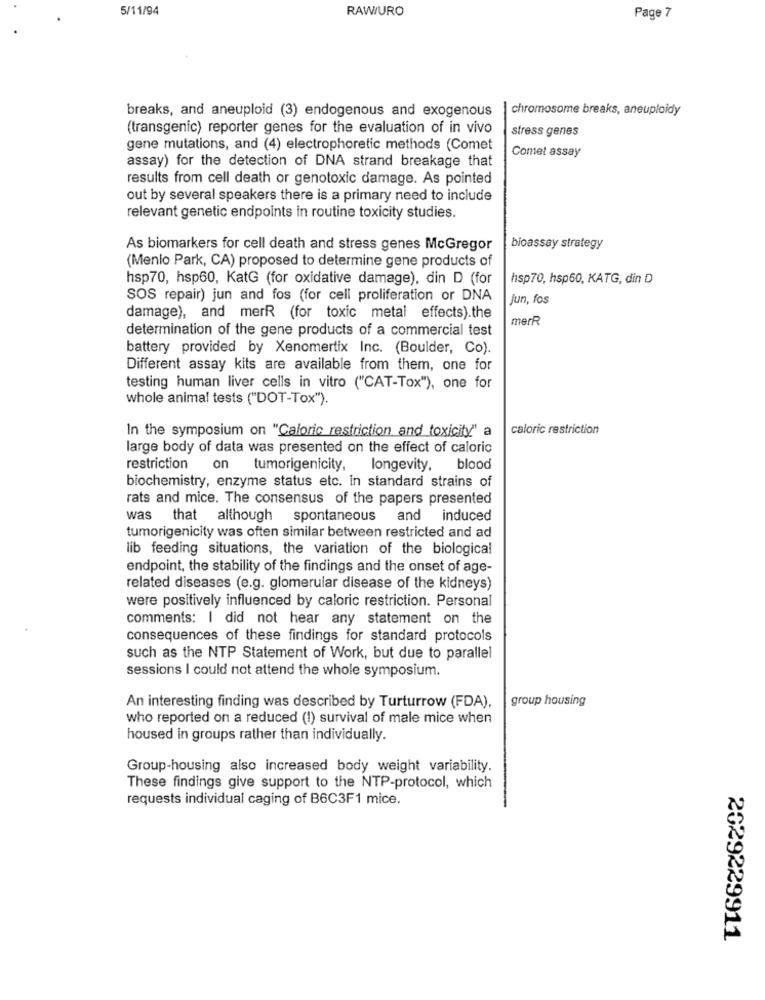
5/11/94
RAWIURO
Page 7
breaks, and aneuploid (3) endogenous and exogenous
chromosome breaks, aneuploidy
(transgenic) reporter genes for the evaluation of in vivo
stress genes
gene mutations, and (4) electrophoretic methods (Comet
Comet assay
assay) for the detection of DNA strand breakage that
results from cell death or genotoxic damage. As pointed
out by several speakers there is a primary need to include
relevant genetic endpoints in routine toxicity studies.
As biomarkers for cell death and stress genes McGregor
bioassay strategy
(Menlo Park, CA) proposed to determine gene products of
hsp70, hsp60, KatG (for oxidative damage), din D (for
hsp70, hsp60, KATG, din D
SOS repair) jun and fos (for cell proliferation or DNA
Jun, fos
damage), and merR (for toxic metal effects).the
merR
determination of the gene products of a commercial test
battery provided by Xenomertix Inc. (Boulder, Co).
Different assay kits are available from them, one for
testing human liver cells in vitro ("CAT-Tox"), one for
whole animal tests ("DOT-Tox").
In the symposium on "Caloric restriction and toxicity" a
caloric restriction
large body of data was presented on the effect of caloric
restriction
on tumorigenicity, longevity, blood
biochemistry, enzyme status etc. in standard strains of
rats and mice. The consensus of the papers presented
was that although spontaneous and induced
tumorigenicity was often similar between restricted and ad
lib feeding situations, the variation of the biological
endpoint, the stability of the findings and the onset of age-
related diseases (e.g. glomerular disease of the kidneys)
were positively influenced by caloric restriction. Personal
comments: I did not hear any statement on the
consequences of these findings for standard protocols
such as the NTP Statement of Work, but due to parallel
sessions I could not attend the whole symposium.
group housing
An interesting finding was described by Turturrow (FDA),
who reported on a reduced (I) survival of male mice when
housed in groups rather than individually.
Group-housing also increased body weight variability.
These findings give support to the NTP-protocol, which
requests individual caging of B6C3F1 mice.
2029229911